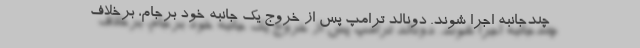
چندجانبه اجرا شوند. دونالد ترامپ پس از خروج یک جانبه خود برجام، برخلاف